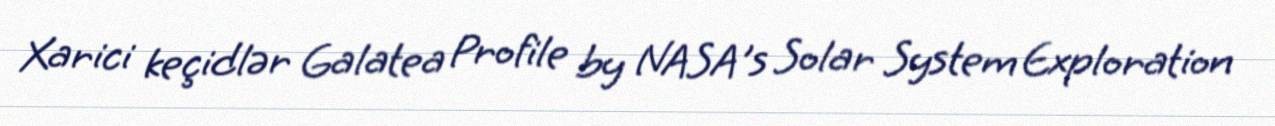
Xarici keçidlər Galatea Profile by NASA's Solar System Exploration